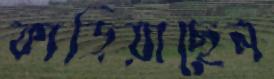
কাড়িয়াছেন